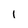
Character: i